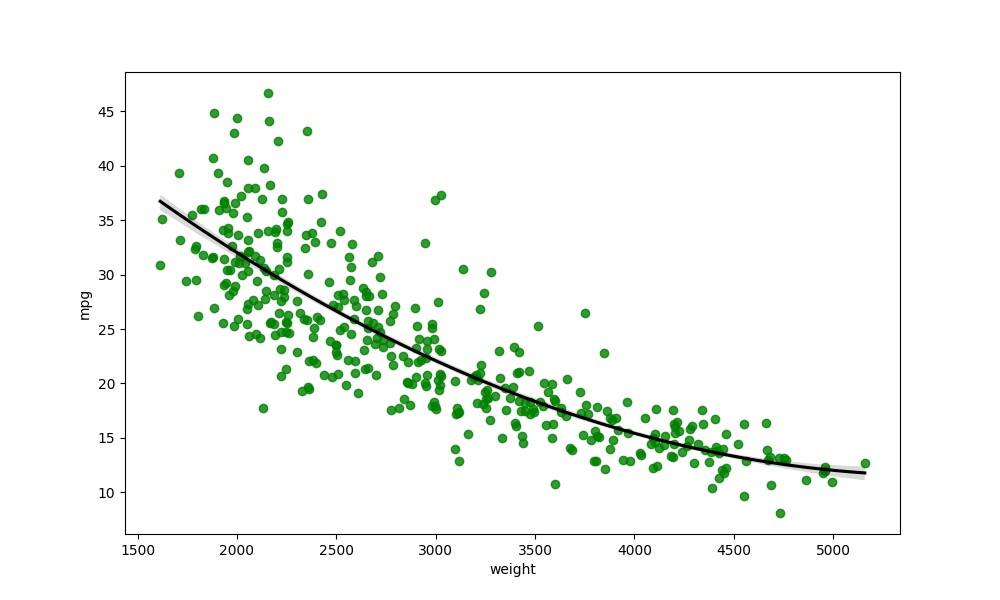
python, seaborn, regplot, order=2, ci=68, scatter_color=green, line_color=black